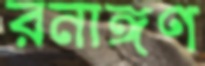
রনাঙ্গণ